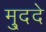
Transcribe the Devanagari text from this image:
मु्ददे